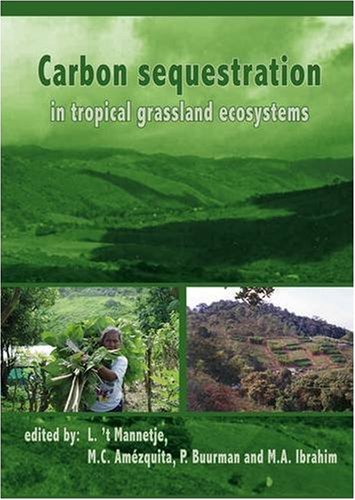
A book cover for Carbon Sequestration In Tropical Grassland Ecosystems; Science & Math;